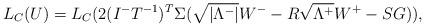
LaTeX: \begin{align*}L_C(U)= L_C(2( I^-T^{-1})^T \Sigma ( \sqrt{|\Lambda^-|}W^--R \sqrt{\Lambda^+}W^+ - SG )),\end{align*}